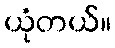
ယုံတယ်။